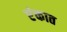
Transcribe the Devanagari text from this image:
एंकात